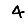
Digit: 4